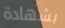
بشهادة